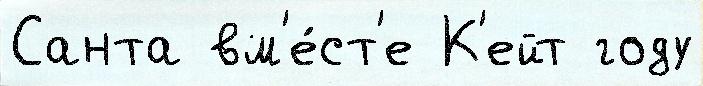
Санта вм'е́ст'е К'ейт году